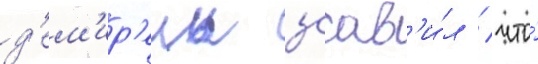
д'ем'ир'ель заав'и́л / что́